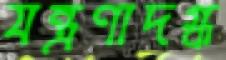
যন্ত্রণাদগ্ধ